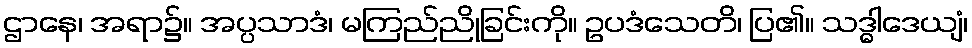
ဌာနေ၊ အရာ၌။ အပ္ပသာဒံ၊ မကြည်ညိုခြင်းကို။ ဥပဒံသေတိ၊ ပြ၏။ သဒ္ဓါဒေယျံ၊